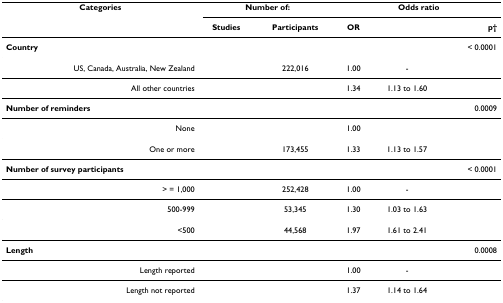
<table><thead><tr><td><b>Categories</b></td><td colspan="2"><b>Number of:</b></td><td colspan="3"><b>Odds ratio</b></td></tr><tr><td>[EMPTY_CELL]</td><td><b>Studies</b></td><td><b>Participants</b></td><td><b>OR</b></td><td>[EMPTY_CELL]</td><td><b>p†</b></td></tr></thead><tbody><tr><td><b>Country</b></td><td>[EMPTY_CELL]</td><td>[EMPTY_CELL]</td><td>[EMPTY_CELL]</td><td>[EMPTY_CELL]</td><td>&lt; 0.0001</td></tr><tr><td>US, Canada, Australia, New Zealand</td><td>[EMPTY_CELL]</td><td>222,016</td><td>1.00</td><td>-</td><td>[EMPTY_CELL]</td></tr><tr><td>All other countries</td><td>[EMPTY_CELL]</td><td>[EMPTY_CELL]</td><td>1.34</td><td>1.13 to 1.60</td><td>[EMPTY_CELL]</td></tr><tr><td><b>Number of reminders</b></td><td>[EMPTY_CELL]</td><td>[EMPTY_CELL]</td><td>[EMPTY_CELL]</td><td>[EMPTY_CELL]</td><td>0.0009</td></tr><tr><td>None</td><td>[EMPTY_CELL]</td><td>[EMPTY_CELL]</td><td>1.00</td><td>[EMPTY_CELL]</td><td>[EMPTY_CELL]</td></tr><tr><td>One or more</td><td>[EMPTY_CELL]</td><td>173,455</td><td>1.33</td><td>1.13 to 1.57</td><td>[EMPTY_CELL]</td></tr><tr><td><b>Number of survey participants</b></td><td>[EMPTY_CELL]</td><td>[EMPTY_CELL]</td><td>[EMPTY_CELL]</td><td>[EMPTY_CELL]</td><td>&lt; 0.0001</td></tr><tr><td>&gt; = 1,000</td><td>[EMPTY_CELL]</td><td>252,428</td><td>1.00</td><td>-</td><td>[EMPTY_CELL]</td></tr><tr><td>500-999</td><td>[EMPTY_CELL]</td><td>53,345</td><td>1.30</td><td>1.03 to 1.63</td><td>[EMPTY_CELL]</td></tr><tr><td>&lt;500</td><td>[EMPTY_CELL]</td><td>44,568</td><td>1.97</td><td>1.61 to 2.41</td><td>[EMPTY_CELL]</td></tr><tr><td><b>Length</b></td><td>[EMPTY_CELL]</td><td>[EMPTY_CELL]</td><td>[EMPTY_CELL]</td><td>[EMPTY_CELL]</td><td>0.0008</td></tr><tr><td>Length reported</td><td>[EMPTY_CELL]</td><td>[EMPTY_CELL]</td><td>1.00</td><td>-</td><td>[EMPTY_CELL]</td></tr><tr><td>Length not reported</td><td>[EMPTY_CELL]</td><td>[EMPTY_CELL]</td><td>1.37</td><td>1.14 to 1.64</td><td>[EMPTY_CELL]</td></tr></tbody></table>